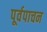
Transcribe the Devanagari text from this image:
पूर्वपाचन